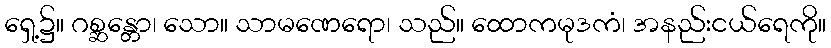
ရှေ့၌။ ဂစ္ဆန္တော၊ သော။ သာမဏေရော၊ သည်။ ထောကမုဒကံ၊ အနည်းငယ်ရေကို။